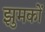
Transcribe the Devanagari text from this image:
झुमकों